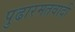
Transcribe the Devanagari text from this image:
पुढारमतवादी